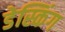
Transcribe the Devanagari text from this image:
डेस्किंग